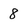
Character: 8